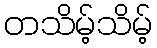
တသိမ့်သိမ့်